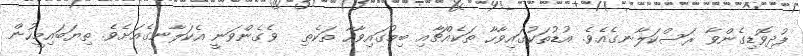
ފުދިވޮޑިގެންވާ ރަސްކަލާނގެއެވެ. އުޑުތަކުގައިވާހާ ތަކެއްޗާއި ބިމުގައިވާހާ ތަކެތި  ވެގެންވަނީ އެކަލާނގެއަށެވެ. ތިޔަބައިމީހުން